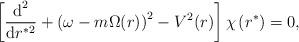
LaTeX: \begin{align*}\left[ \frac{\mbox{d}^{2}}{\mbox{d} r^{* 2}}+ \left(\omega - m \Omega (r) \right)^2- V^2(r) \right] \chi \left( r^* \right) = 0 , \end{align*}